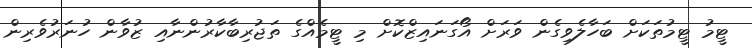
ޓީމު ޓީމުތަކަށް ބަހާލެވިގެން ވަރަށް އޯގަނައިޒްކޮށް މި ޓީމެއްގެ ތަޖުރިބާކާރުންނާއި ޒުވާން ހުނަރުވެރިން